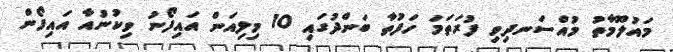
މައުލޫމާތު މުއްސަނދިވި ފުރަތަމަ ހަފުތާ ބަންދުގައި 10 މިލިއަން އައިފޯނު ވިކުނުއާ އައިފޯން